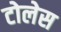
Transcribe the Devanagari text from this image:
टोलेस